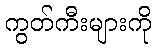
ကွတ်ကီးများကို